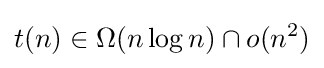
t(n)\in \Omega (n\log n)\cap o(n^{2})